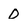
Character: 0